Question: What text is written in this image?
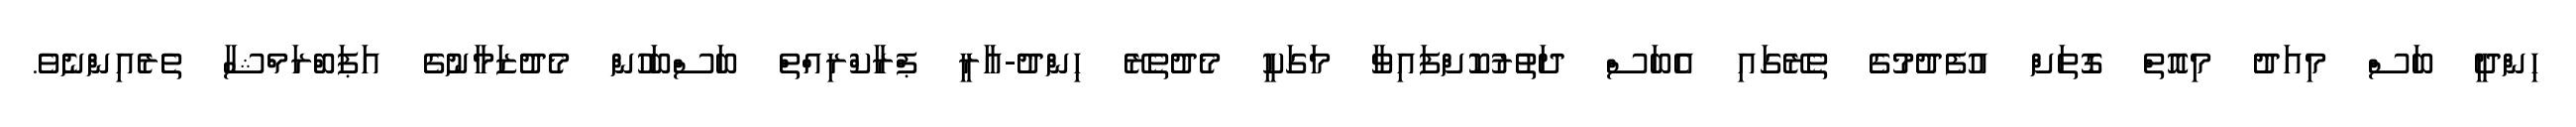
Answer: ހިންދީ ބަސް މިއަދު މިއޮތް ގޮތަށް އުފެދުމުގެ ތެރޭގައި އެބަސް ދަތުރުކޮށްފައިވާ މަގަކީ މެދުތެރޭ ހިންދު-އާރީ ޕްރާކްރިއްތް ބަސްބަހުން މެދުޒަމާނުގެ އަޕަބްރަމްޝާ ތެރެއިންނެވެ.